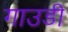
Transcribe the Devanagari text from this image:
गाउडी